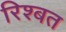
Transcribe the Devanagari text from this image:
रिश्बत